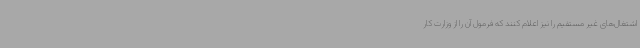
اشتغال‌های غیر مستقیم را نیز اعلام کنند که فرمول آن را از وزارت کار